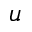
u